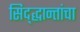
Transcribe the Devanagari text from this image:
सिद्द्धान्तांचा